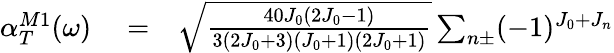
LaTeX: \begin{array}{rlr}{\alpha_{T}^{M1}(\omega)}&{{}=}&{\sqrt{\frac{40J_{0}(2J_{0}-1)}{3(2J_{0}+3)(J_{0}+1)(2J_{0}+1)}}\sum_{n\pm}(-1)^{J_{0}+J_{n}}}\end{array}